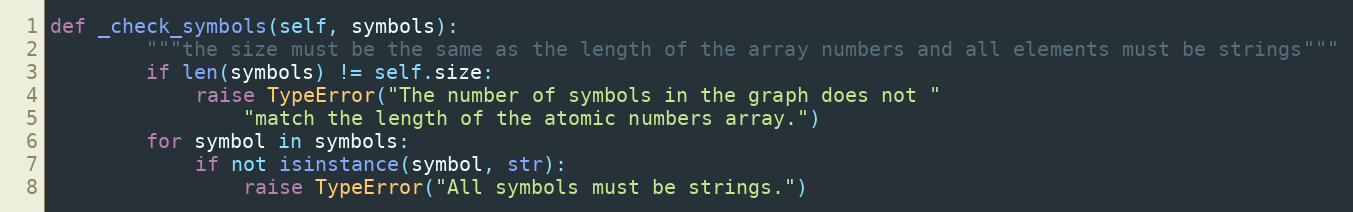
Language: Python
def _check_symbols(self, symbols):
        """the size must be the same as the length of the array numbers and all elements must be strings"""
        if len(symbols) != self.size:
            raise TypeError("The number of symbols in the graph does not "
                "match the length of the atomic numbers array.")
        for symbol in symbols:
            if not isinstance(symbol, str):
                raise TypeError("All symbols must be strings.")